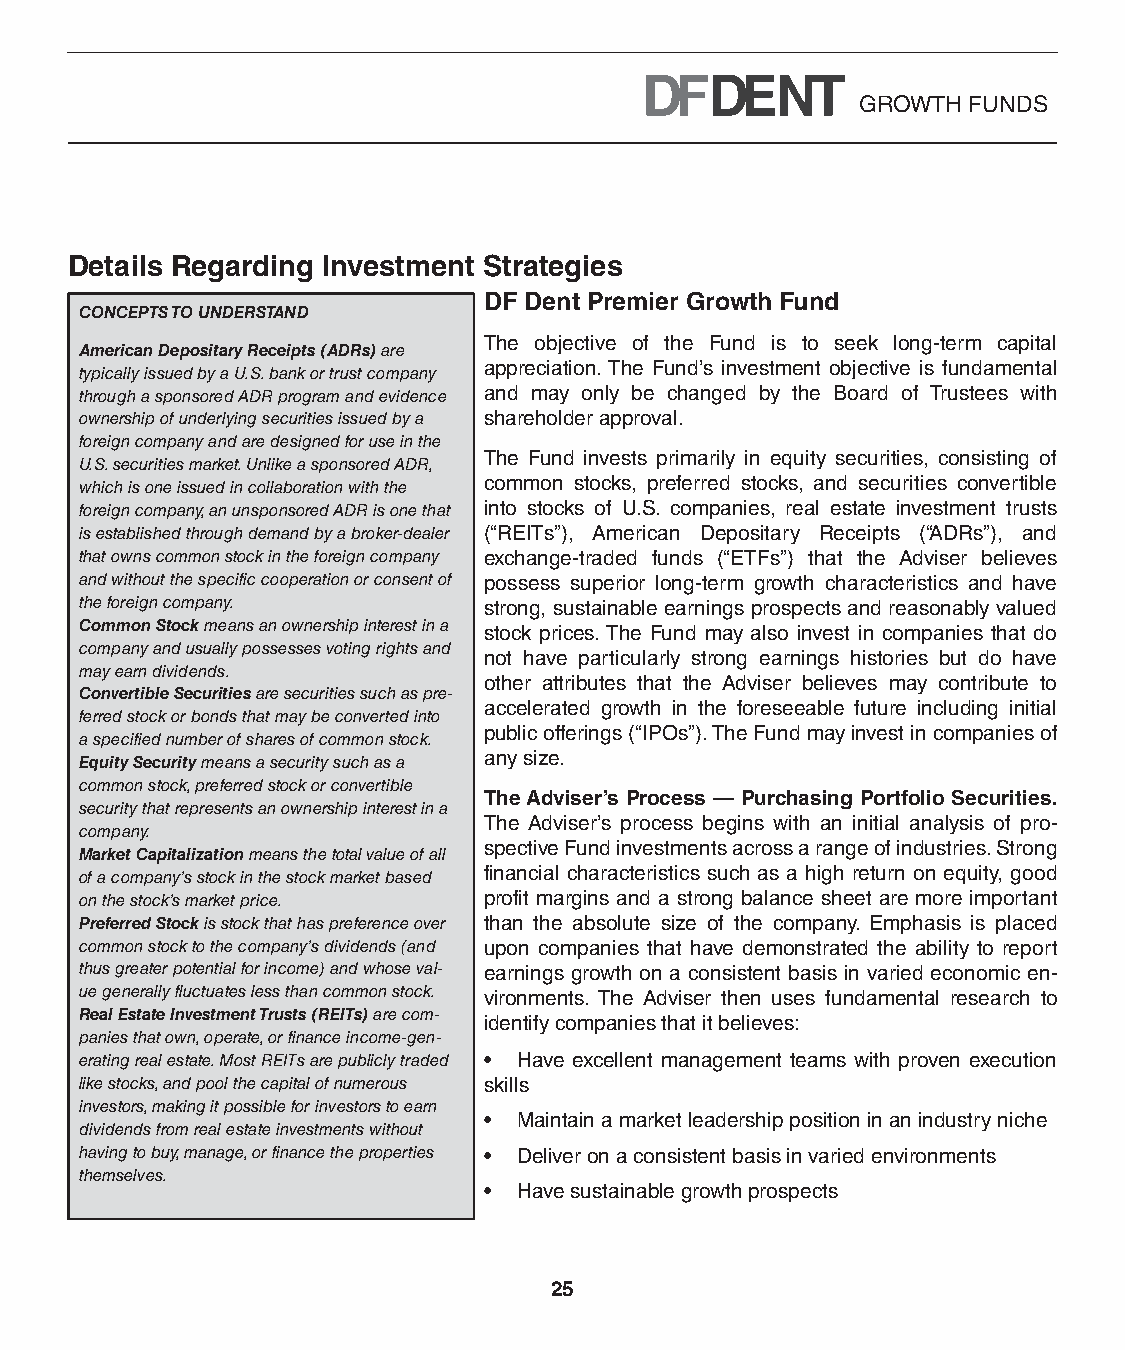
GROWTH FUNDS
 Details Regarding Investment Strategies
 DF Dent Premier Growth Fund
 CONCEPTS TO UNDERSTAND
 The objective of the Fund is to seek long-term capital
 American Depositary Receipts (ADRs) are
 appreciation. The Fund’s investment objective is fundamental
 typically issued by a U.S. bank or trust company
 through a sponsored ADR program and evidence and may only be changed by the Board of Trustees with
 ownership of underlying securities issued by a shareholder approval.
 foreign company and are designed for use in the
 The Fund invests primarily in equity securities, consisting of
 U.S. securities market. Unlike a sponsored ADR,
 which is one issued in collaboration with the common stocks, preferred stocks, and securities convertible
 foreign company, an unsponsored ADR is one that into stocks of U.S. companies, real estate investment trusts
 is established through demand by a broker-dealer (“REITs”), American Depositary Receipts (“ADRs”), and
 that owns common stock in the foreign company exchange-traded funds (“ETFs”) that the Adviser believes
 and without the specific cooperation or consent of possess superior long-term growth characteristics and have
 the foreign company.       strong, sustainable earnings prospects and reasonably valued
 Common Stock means an ownership interest in a
 stock prices. The Fund may also invest in companies that do
 company and usually possesses voting rights and
 not have particularly strong earnings histories but do have
 may earn dividends.
 other attributes that the Adviser believes may contribute to
 Convertible Securities are securities such as pre-
 accelerated growth in the foreseeable future including initial
 ferred stock or bonds that may be converted into
 public offerings (“IPOs”). The Fund may invest in companies of
 a specified number of shares of common stock.
 Equity Security means a security such as a any size.
 common stock, preferred stock or convertible
 The Adviser’s Process — Purchasing Portfolio Securities.
 security that represents an ownership interest in a
 The Adviser’s process begins with an initial analysis of pro-
 company.
 spective Fund investments across a range of industries. Strong
 Market Capitalization means the total value of all
 of a company’s stock in the stock market based financial characteristics such as a high return on equity, good
 on the stock’s market price. profit margins and a strong balance sheet are more important
 Preferred Stock is stock that has preference over than the absolute size of the company. Emphasis is placed
 common stock to the company’s dividends (and upon companies that have demonstrated the ability to report
 thus greater potential for income) and whose val- earnings growth on a consistent basis in varied economic en-
 ue generally fluctuates less than common stock. vironments. The Adviser then uses fundamental research to
 Real Estate Investment Trusts (REITs) are com-
 identify companies that it believes:
 panies that own, operate, or finance income-gen-
 erating real estate. Most REITs are publicly traded • Have excellent management teams with proven execution
 like stocks, and pool the capital of numerous skills
 investors, making it possible for investors to earn
 • Maintain a market leadership position in an industry niche
 dividends from real estate investments without
 having to buy, manage, or finance the properties • Deliver on a consistent basis in varied environments
 themselves.
 • Have sustainable growth prospects
 25